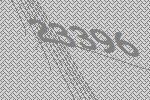
23396